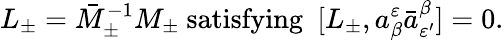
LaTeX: L_{\pm}=\bar{M}_{\pm}^{-1}M_{\pm}\ \mathrm{satisfying}\ \ [L_{\pm},a_{\beta}^{\varepsilon}\bar{a}_{\varepsilon^{\prime}}^{\beta}]=0.